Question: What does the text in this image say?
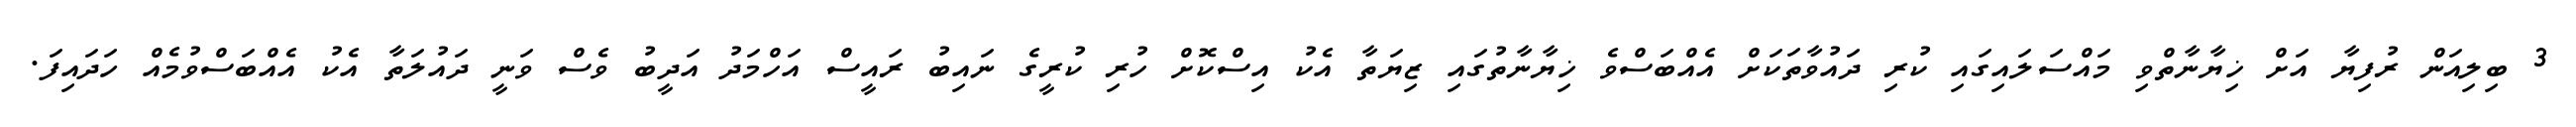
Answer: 3 ބިލިއަން ރުފިޔާ އަށް ޚިޔާނާތްވި މައްސަލައިގައި ކުރި ދައުވާތަކަށް އެއްބަސްވެ ޚިޔާނާތުގައި ޒިޔަތާ އެކު އިސްކޮށް ހުރި ކުރީގެ ނައިބު ރައީސް އަހްމަދު އަދީބު ވެސް ވަނީ ދައުލަތާ އެކު އެއްބަސްވުމެއް ހަދައިފަ.